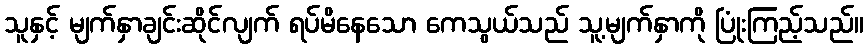
သူနှင့် မျက်နှာချင်းဆိုင်လျက် ရပ်မိနေသော ကေသွယ်သည် သူ့မျက်နှာကို ပြုံးကြည့်သည်။